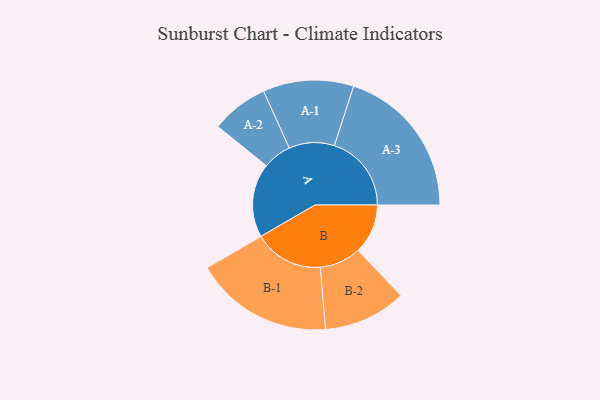
{"axis": {"x": "Segment", "y": "Value"}, "legend": ["", "A", "B"], "data": [{"x": "A", "y": 284, "type": ""}, {"x": "B", "y": 191, "type": ""}, {"x": "A-1", "y": 174, "type": "A"}, {"x": "A-2", "y": 110, "type": "A"}, {"x": "A-3", "y": 296, "type": "A"}, {"x": "B-1", "y": 266, "type": "B"}, {"x": "B-2", "y": 159, "type": "B"}]}